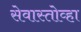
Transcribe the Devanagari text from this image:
सेवास्तोव्हा